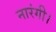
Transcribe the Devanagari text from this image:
नारंगी।